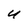
Character: U